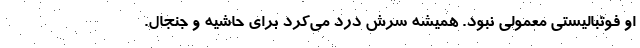
او فوتبالیستی معمولی نبود. همیشه سرش درد می‌کرد برای حاشیه و جنجال.